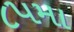
૮૫મા